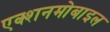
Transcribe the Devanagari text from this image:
एक्शनमोबाइल